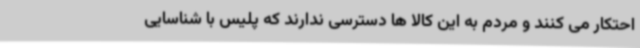
احتکار می کنند و مردم به این کالا ها دسترسی ندارند که پلیس با شناسایی